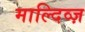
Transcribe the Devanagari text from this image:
माल्दिव्ज़